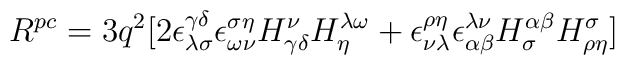
R^{pc} = 3q^{2}[2\epsilon_{\lambda\sigma}^{\gamma\delta}\epsilon_{\omega\nu}^{\sigma\eta}H_{\gamma\delta}^{\nu}H_{\eta}^{\lambda\omega} + \epsilon_{\nu\lambda}^{\rho\eta}\epsilon_{\alpha\beta}^{\lambda\nu}H_{\sigma}^{\alpha\beta}H_{\rho\eta}^{\sigma}]